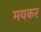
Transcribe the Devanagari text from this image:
मयकर